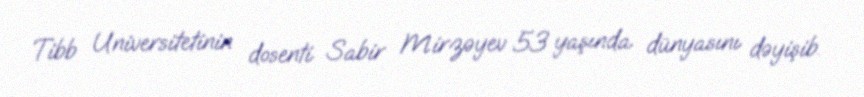
Tibb Universitetinin dosenti Sabir Mirzəyev 53 yaşında dünyasını dəyişib.